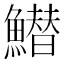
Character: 䲋